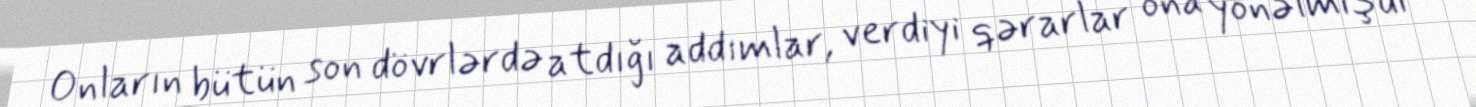
Onların bütün son dövrlərdə atdığı addımlar, verdiyi qərarlar ona yönəlmişdi